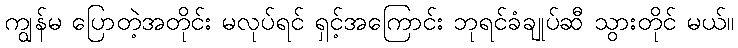
ကျွန်မ ပြောတဲ့အတိုင်း မလုပ်ရင် ရှင့်အကြောင်း ဘုရင်ခံချုပ်ဆီ သွားတိုင် မယ်။